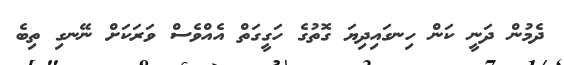
ދެމުން ދަނީ ކަން ހިނގައިދިޔަ ގޮތުގެ ހަގީގަތް އެއްވެސް ވަރަކަށް ނޭނގި ތިބެ